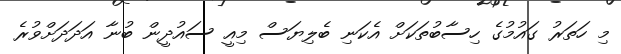
މި ހަތަރު ގައުމުގެ ހިސާބުތަކަށް އެކަނި ބެލިޔަސް މިއީ ސައުދީން ބުނާ އަދަދަށްވުރެ